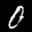
Label: 0